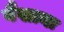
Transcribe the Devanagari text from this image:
वैखानः